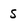
Character: S